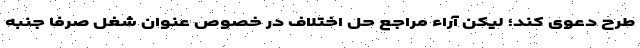
طرح دعوی کند؛ لیکن آراء مراجع حل اختلاف در خصوص عنوان شغل صرفا جنبه